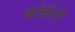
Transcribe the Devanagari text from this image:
कोबेरी